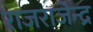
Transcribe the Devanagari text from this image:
राजराजेन्द्र